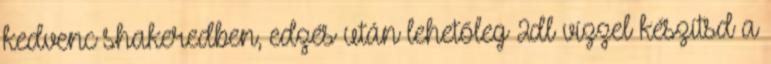
kedvenc shakeredben, edzés után lehetőleg 2dl vízzel készítsd a